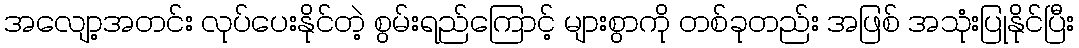
အလျော့အတင်း လုပ်ပေးနိုင်တဲ့ စွမ်းရည်ကြောင့် များစွာကို တစ်ခုတည်း အဖြစ် အသုံးပြုနိုင်ပြီး